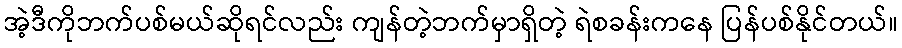
အဲ့ဒီကိုဘက်ပစ်မယ်ဆိုရင်လည်း ကျန်တဲ့ဘက်မှာရှိတဲ့ ရဲစခန်းကနေ ပြန်ပစ်နိုင်တယ်။